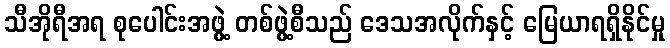
သီအိုရီအရ စုပေါင်းအဖွဲ့ တစ်ဖွဲ့စီသည် ဒေသအလိုက်နှင့် မြေယာရရှိနိုင်မှု